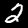
Digit: 2